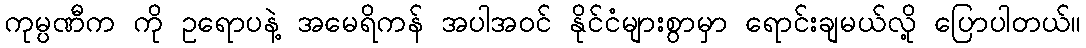
ကုမ္ပဏီက ကို ဥရောပနဲ့ အမေရိကန် အပါအဝင် နိုင်ငံများစွာမှာ ရောင်းချမယ်လို့ ပြောပါတယ်။